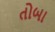
તોબા